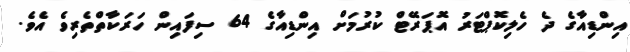
އިންޑިއާގެ ދެ ހެލިކޮޕްޓަރު އޮޕަރޭޓް ކުރުމަށް އިންޑިއާގެ 64 ސިފައިން ހަރަކާތްތެރިވެ އެވެ.